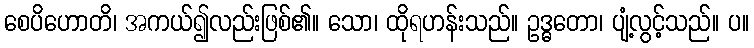
စေပိဟောတိ၊ အကယ်၍လည်းဖြစ်၏။ သော၊ ထိုရဟန်းသည်။ ဥဒ္ဓတော၊ ပျံ့လွင့်သည်။ ပ။